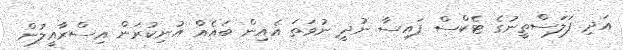
އަދި ފަލަސްތީނުގެ ޓެކްސް ފައިސާ ނުދީ ނުވަތަ އެއިން ބައެއް އުނިކުރަން އިސްރާއީލުން